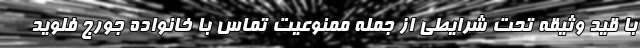
با قید وثیقه تحت شرایطی از جمله ممنوعیت تماس با خانواده جورج فلوید